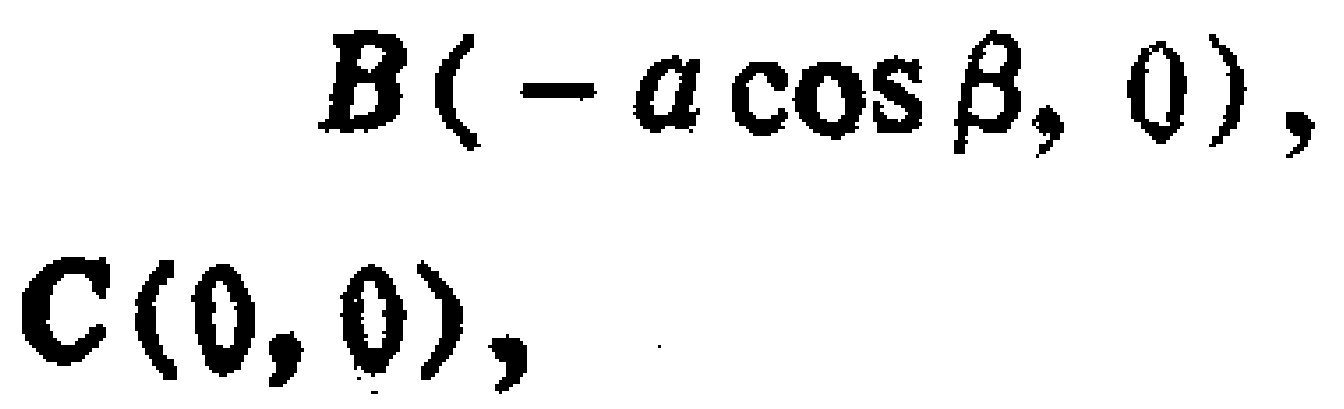
\(B(-a\cos\beta,0),\)

\(C(0,0),\)